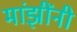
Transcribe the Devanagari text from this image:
मांझींनी